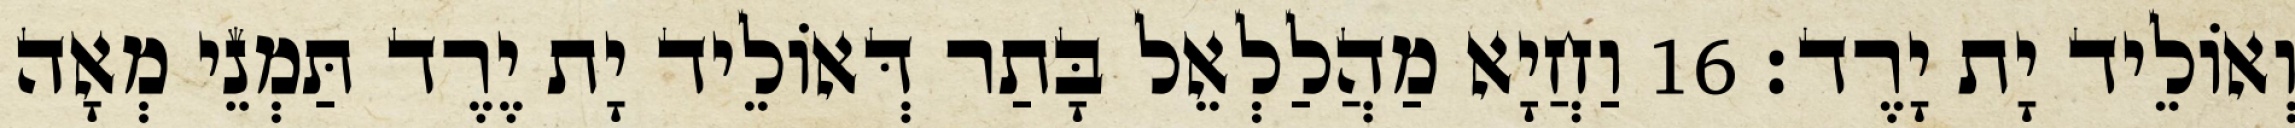
וְאוֹלֵיד יָת יָרֶד׃ 16 וַחֲיָא מַהֲלַלְאֵל בָּתַר דְּאוֹלֵיד יָת יֶרֶד תַּמְנֵי מְאָה